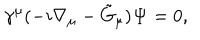
\gamma ^ { \mu } ( - i \nabla _ { \mu } - \tilde { G } _ { \mu } ) { \bf \Psi } = 0 ,